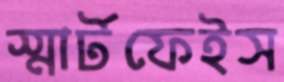
স্মার্টফেইস